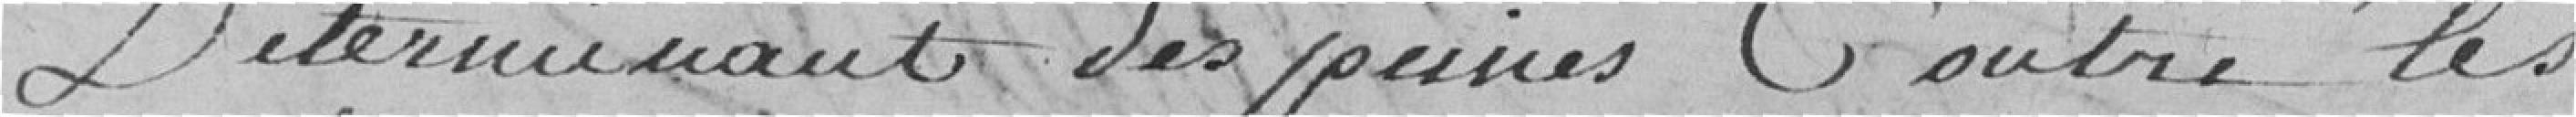
déterminant des peines contre les